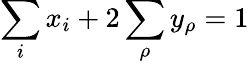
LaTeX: \sum_{i}x_{i}+2\sum_{\rho}y_{\rho}=1